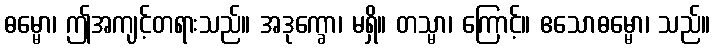
ဓမ္မော၊ ဤအကျင့်တရားသည်။ အဒုက္ခော၊ မရှိ။ တသ္မာ၊ ကြောင့်။ ဧသောဓမ္မော၊ သည်။